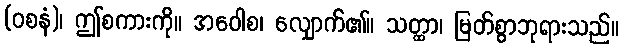
(ဝစနံ)၊ ဤစကားကို။ အဝေါစ၊ လျှောက်၏။ သတ္ထာ၊ မြတ်စွာဘုရားသည်။